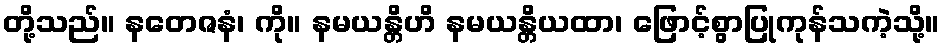
တို့သည်။ နတေဇနံ၊ ကို။ နမယန္တိဟိ နမယန္တိယထာ၊ ဖြောင့်စွာပြုကုန်သကဲ့သို့။